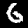
Digit: 6